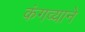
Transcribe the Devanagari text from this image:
कंगव्याने